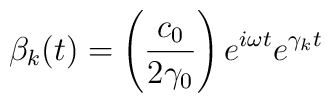
\beta _k(t)=\left( \frac{c_0}{2\gamma _0}\right) e^{i\omega t}e^{\gamma _kt}